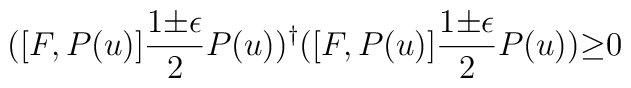
([F,P(u)]\frac{1{\pm}{\epsilon}}{2}P(u))^{\dagger}( [F,P(u)]\frac{1{\pm}{\epsilon}}{2}P(u)){\geq}0